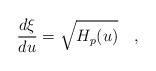
LaTeX: \begin{align*}{\frac{d\xi}{du}} = \sqrt{H_p(u)} \quad ,\end{align*}